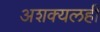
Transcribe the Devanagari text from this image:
अशक्यलही